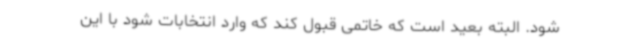
شود. البته بعید است که خاتمی قبول کند که وارد انتخابات شود با این